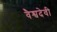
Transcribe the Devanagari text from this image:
वैश्वदेवी